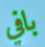
بافي